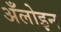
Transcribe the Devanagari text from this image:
अँलोइन